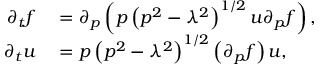
\begin{array} { r l } { \partial _ { t } f } & { { } = \partial _ { p } \left( p \left( p ^ { 2 } - \lambda ^ { 2 } \right) ^ { 1 / 2 } u \partial _ { p } f \right) , } \\ { \partial _ { t } u } & { { } = p \left( p ^ { 2 } - \lambda ^ { 2 } \right) ^ { 1 / 2 } \left( \partial _ { p } f \right) u , } \end{array}